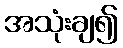
အသုံးချ၍